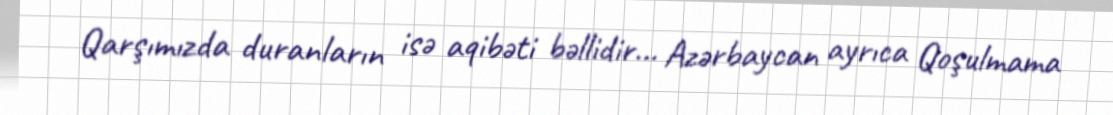
Qarşımızda duranların isə aqibəti bəllidir... Azərbaycan ayrıca Qoşulmama